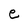
Character: e